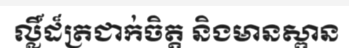
ល្លិ៍ដ៏ត្រជាក់ចិត្ត និងមានស្ពាន